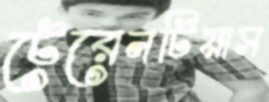
টেরেনটিয়াস